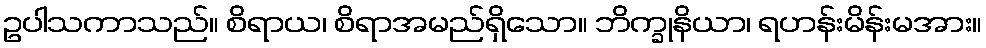
ဥပါသကာသည်။ စိရာယ၊ စိရာအမည်ရှိသော။ ဘိက္ခုနိယာ၊ ရဟန်းမိန်းမအား။